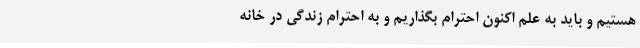
هستیم و باید به علم اکنون احترام بگذاریم و به احترام زندگی در خانه